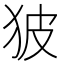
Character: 狓